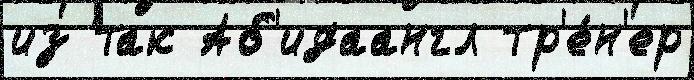
из так Аб'идаангл тр'е́н'ер